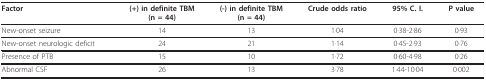
| Factor | (+) in definite TBM(n = 44) | (-) in definite TBM(n = 44) | Crude odds ratio | 95% C. I. | P value |
 | --- | --- | --- | --- | --- | --- |
 | New-onset seizure | 14 | 13 | 1·04 | 0·38-2·86 | 0·93 |
 | New-onset neurologic deficit | 24 | 21 | 1·14 | 0·45-2·93 | 0·76 |
 | Presence of PTB | 15 | 10 | 1·72 | 0·60-4·98 | 0·26 |
 | Abnormal CSF | 26 | 13 | 3·78 | 1·44-10·04 | 0·002 |